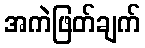
အကဲဖြတ်ချက်